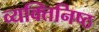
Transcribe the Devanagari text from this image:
व्यक्‍तिनिष्‍ठ